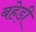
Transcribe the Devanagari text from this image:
बहेड़ी